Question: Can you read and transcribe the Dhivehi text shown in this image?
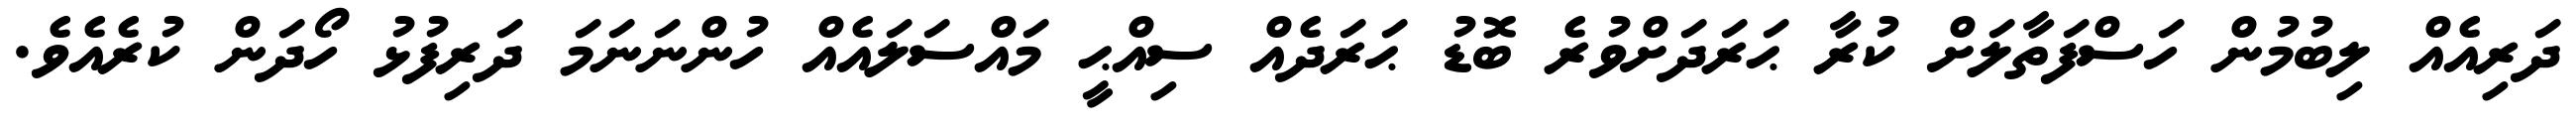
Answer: ދަރިއެއް ލިބުމުން ހަސްފަތާލަށް ކުރާ ޙަރަދަށްވުރެ ބޮޑު ޙަރަދެއް ސިއްޙީ މައްސަލައެއް ހުންނަނަމަ ދަރިފުޅު ހޯދަން ކުރެއެވެ.